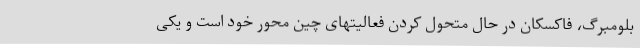
بلومبرگ، فاکسکان در حال متحول کردن فعالیتهای چین محور خود است و یکی